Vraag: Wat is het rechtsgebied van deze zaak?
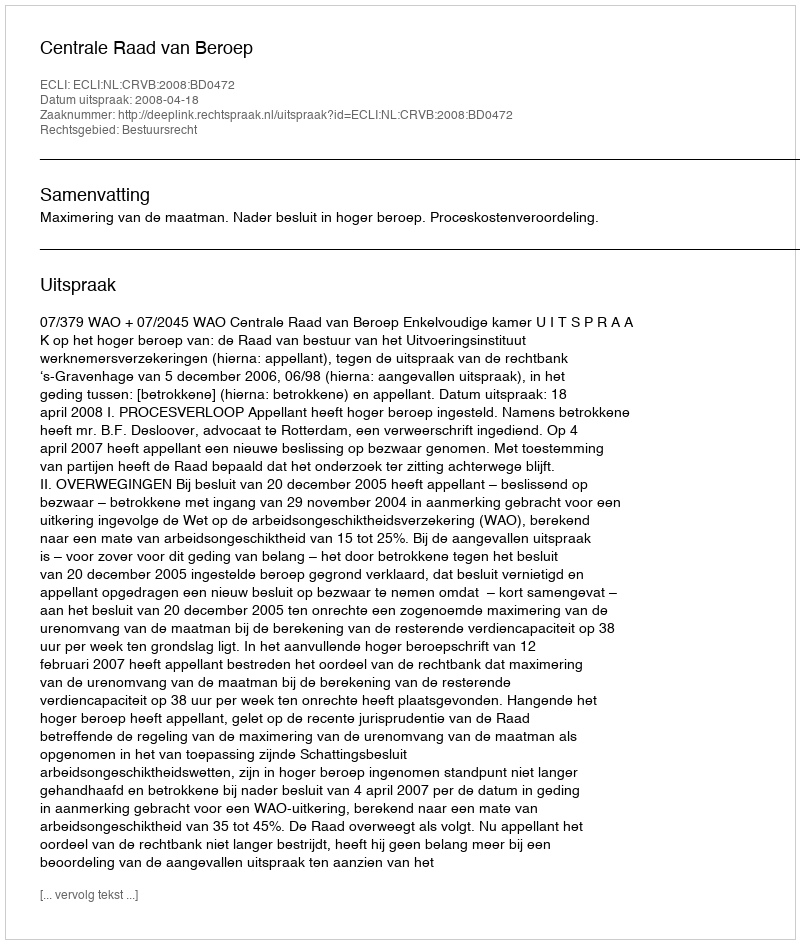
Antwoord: Bestuursrecht